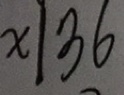
x \vert 3 6